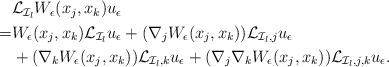
LaTeX: \begin{align*}\begin{aligned}&\mathcal{L}_{\mathcal{I}_l} W_\epsilon(x_j,x_k) u_\epsilon\\=&W_\epsilon(x_j,x_k)\mathcal{L}_{\mathcal{I}_l} u_\epsilon+(\nabla_jW_\epsilon(x_j,x_k))\mathcal{L}_{\mathcal{I}_l,j}u_\epsilon\\&+(\nabla_kW_\epsilon(x_j,x_k))\mathcal{L}_{\mathcal{I}_l,k}u_\epsilon+(\nabla_j\nabla_kW_\epsilon(x_j,x_k))\mathcal{L}_{\mathcal{I}_l,j,k}u_\epsilon.\end{aligned}\end{align*}